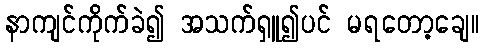
နာကျင်ကိုက်ခဲ၍ အသက်ရှူ၍ပင် မရတော့ချေ။